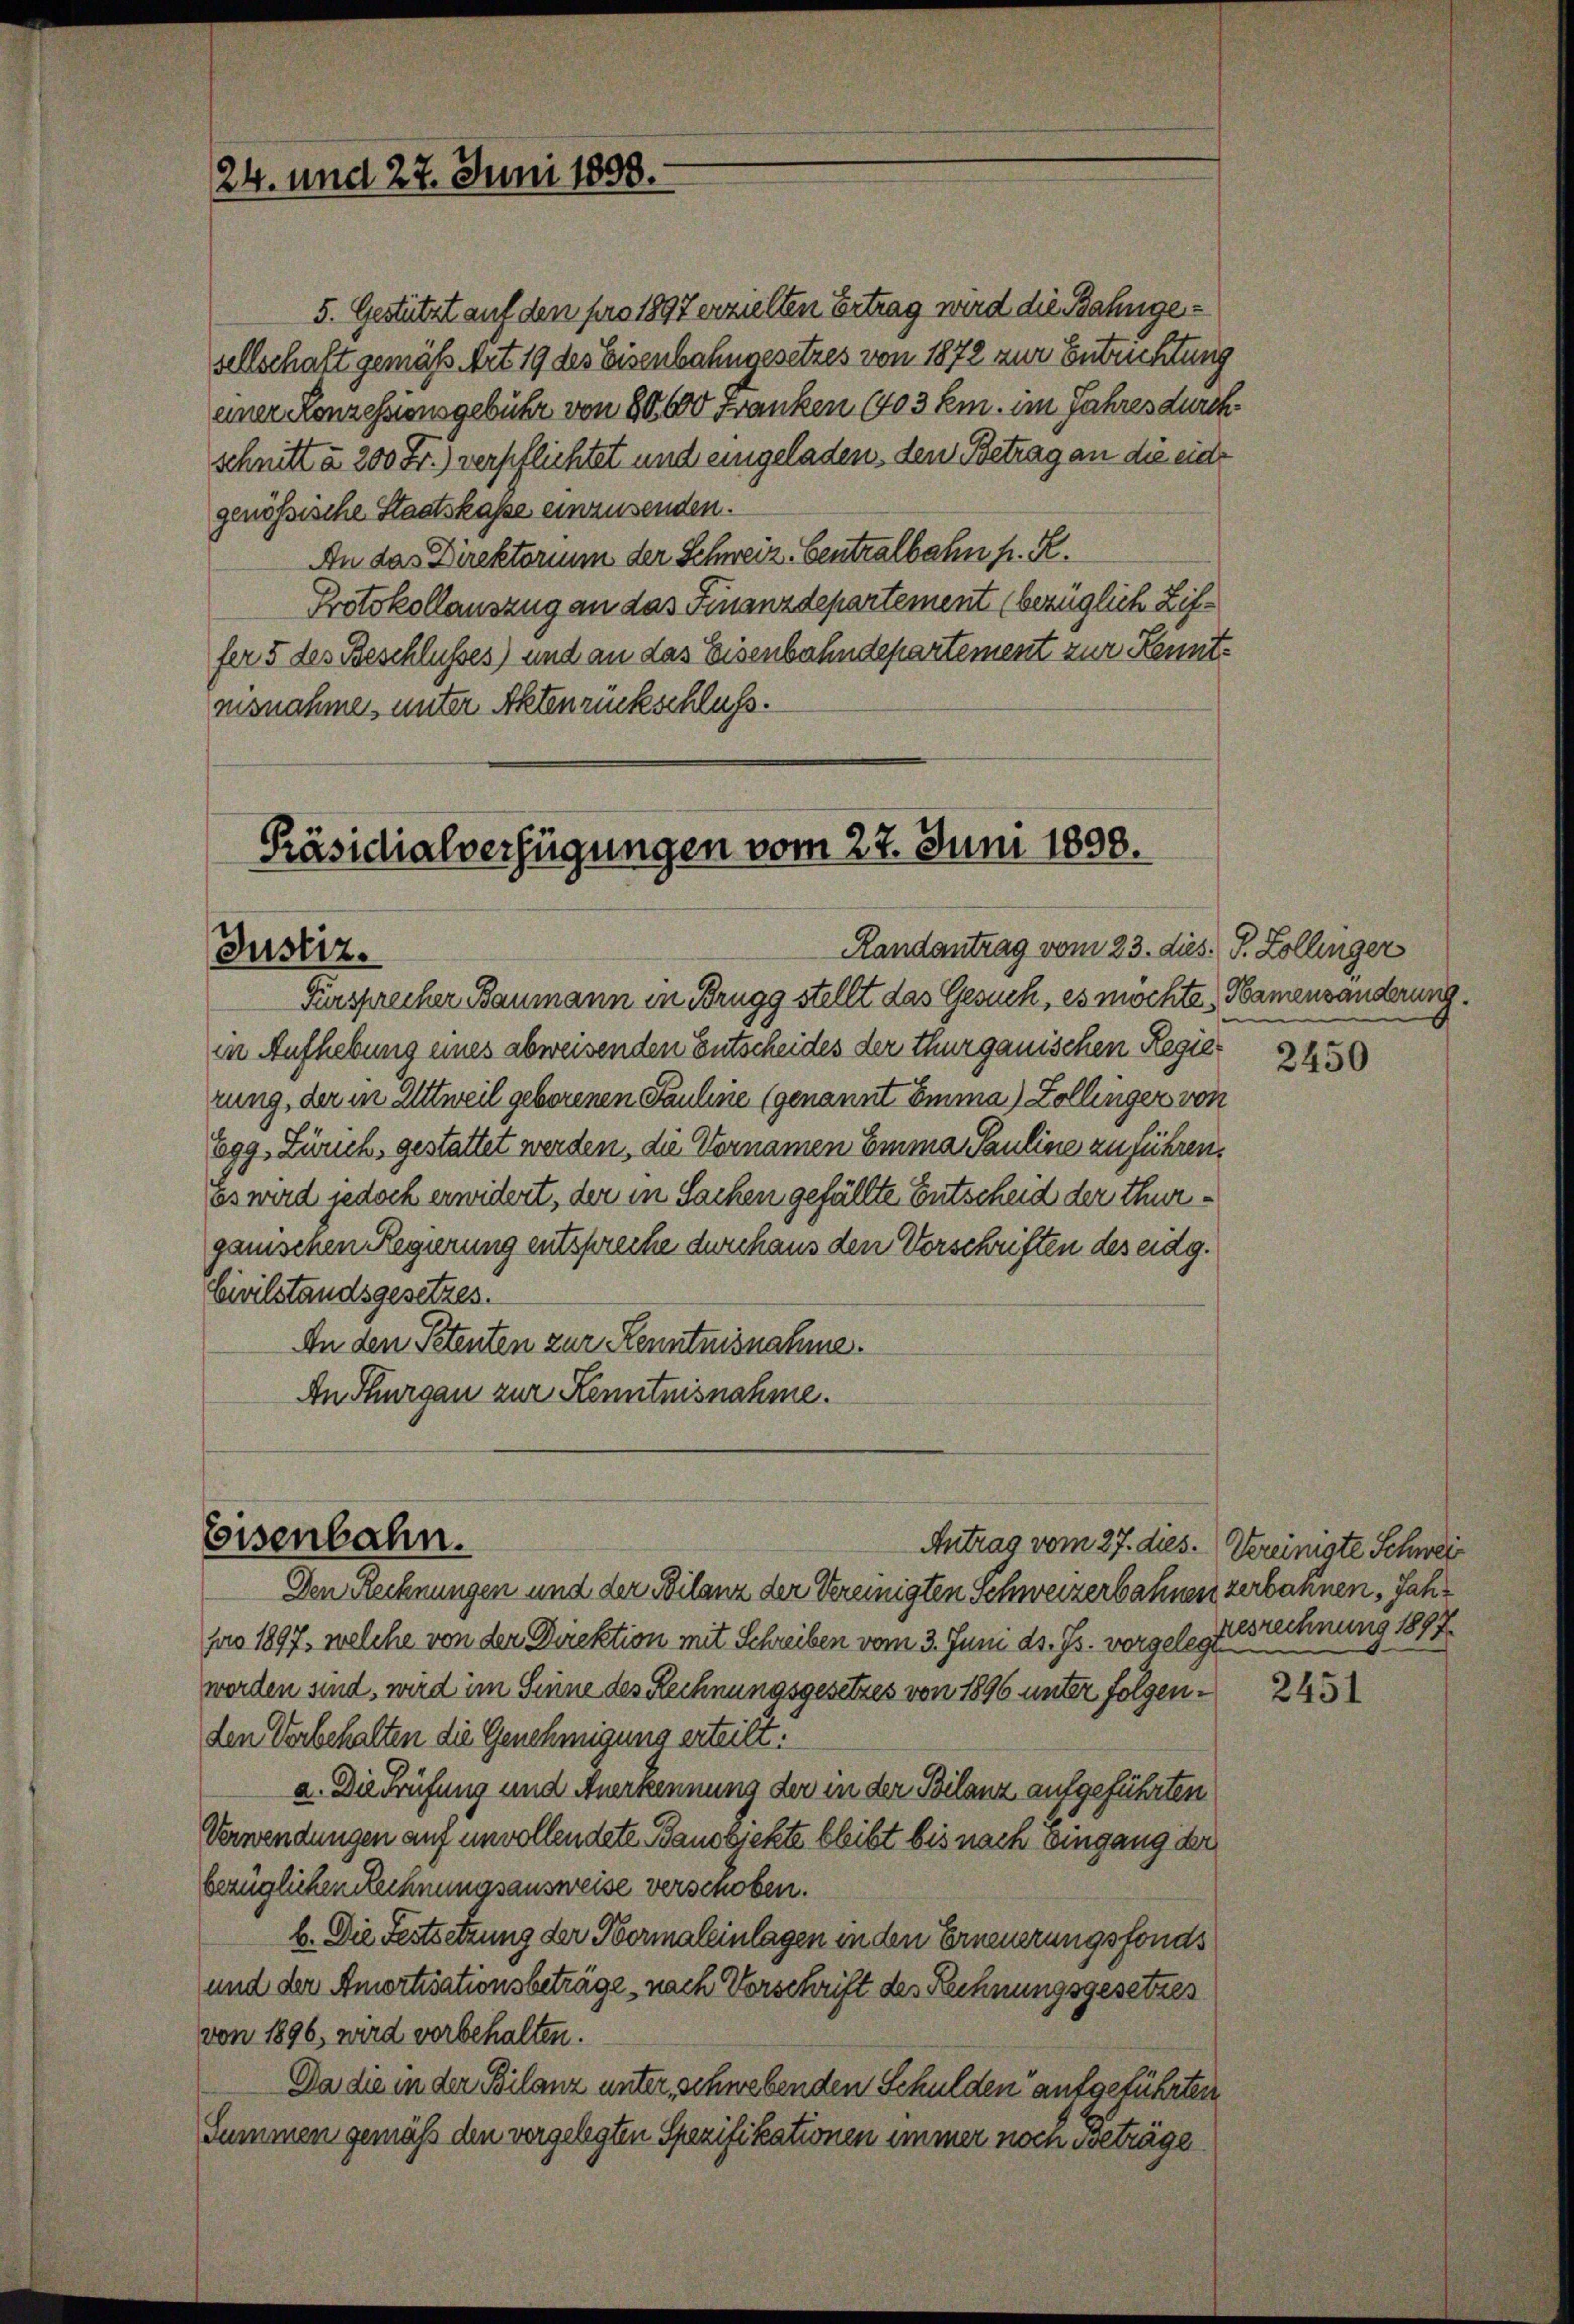
5. Gestützt auf den pro 1897 erzielten Ertrag wird die Bahngesellschaft gemäß Art 19 des Eisenbahngesetzes von 1872 zur Entrichtung
einer Conzessionsgebühr von 80,000 Franken (703 Em. im Jahres durch
schnitt a 200 Fr.) verpflichtet und eingeladen, den Betrag an die eide
genößische Staatskasse einzusenden.
An das Direktorium der Schweiz. Centralbahn h. R.
Protokollauszug an das Finanzdepartement (bezüglich Ziffer 5 des Beschlusses) und an das Eisenbahndepartement zur Kenntnisnahmen unter Aktenrückschluss.

24. und 27. Juni 1898.

Präsidialverfügungen vom 22. Juni 1898.
Randantrag vom 23. dies. S. Zollinger
Justiz.

Fürsprecher Baumann in Brugg stellt das Gesuch, es möchte, Namensänderung.
in Aufhebung eines abweisenden Entscheides der thurgauischen Regierung, der in Alttweil geborenen Pauline (genannt Emma) Zollinger von
Egg, Zürich, gestattet werden, die Vornamen Emma Pauline zuführen.
Es wird jedoch erwidert, der in Sachen gefällte Entscheid der thurganischen Regierung entspreche durchaus den Vorschriften des eidg.
Civilstandsgesetzes.
In den Petenten zur Kenntnisnahme.
An Thurgau zur Kenntnisnahme.

Eisenbahn.

Den Rechnungen und der Bilanz der Vereinigten Schweizerbahnen zerbahnen, Jahr
pro 1897, welche von der Direktion mit Schreiben vom 3. Juni d. Js. vorgelegte Brechnung 1897
werden sind, wird im Sinne des Rechnungsgesetzes von 1896 unter folgenden Vorbehalten die Genehmigung erteilt.
a. Die Prüfung und Anerkennung der in der Bilanz aufgeführten
Verwendungen auf unvollendete Banobjekte bleibt bis nach Eingang der
bezüglichen Rechnungsausweise verschoben.
b. Die Festsetzung der Hermaleinlagen in den Erneuerungsfonds
und der Amortisationsbeträge nach Vorschrift des Rechnungsgesetzes
von 1896, wird vorbehalten.
Da die in der Bilanz unter schwebenden Schulden aufgeführten
Summen gemäß den vorgelegten Spezifikationen immer noch Beträge

2450

Antrag vom 27. dies. Vereinigte Schweiz

2451